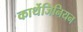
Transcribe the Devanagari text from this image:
कार्थेजिनियन